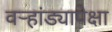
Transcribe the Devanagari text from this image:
वर्‍हांड्यापेक्षा